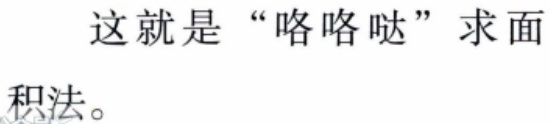
这就是“咯咯哒”求面

积法。